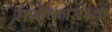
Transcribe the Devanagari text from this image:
संशोधनसंस्था